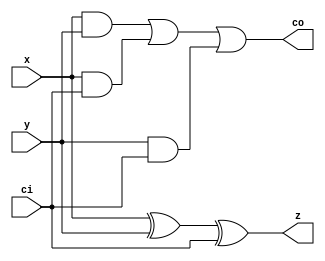
module fac(
  input x, y, ci,
  output reg z, co
);
  always @ (*) begin
    z = x ^ y ^ ci;
    co = x&y | x&ci | y&ci;
  end
endmodule

module fac_tb;
  reg x, y, ci;
  wire z, co;
  
  fac inst1(.x(x), .y(y), .ci(ci), .z(z), .co(co));
  
  integer k;
  initial begin
    $display("time\tx\ty\tci\tco\tz");
    $monitor("%4t\t%b\t%b\t%b\t%b\t%b",$time,x, y, ci, co, z);
    {x, y, ci} = 0;
    for (k = 1; k < 8; k = k + 1)
      #10 {x, y, ci} = k;
    #10;
  end
endmodule